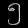
Digit: ၅